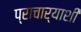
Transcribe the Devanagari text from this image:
प्राचार्याशी